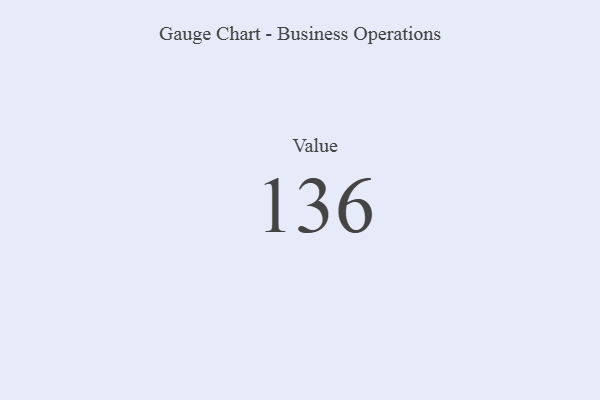
{"axis": {"x": "Metric", "y": "Value"}, "legend": [""], "data": [{"x": "Value", "y": 136, "type": ""}]}